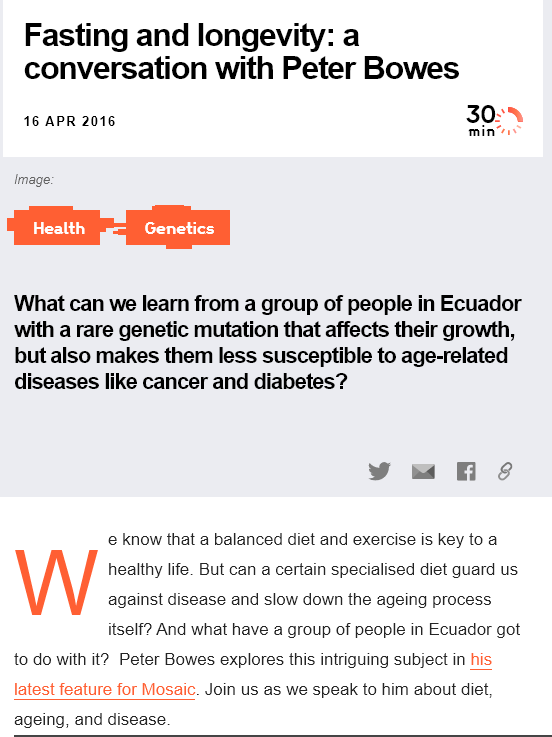
Fasting    and    longevity:    a
   conversation    with    Peter    Bowes
   16 APR 2016
  What can   we  learn from  a group of  people  in Ecuador
  with a rare genetic  mutation that affects  their growth,
  but also  makes  them   less susceptible  to age-related
  diseases like  cancer  and  diabetes?
     e know that a balanced diet and exercise is key to a
     healthy life. But can a certain specialised diet guard us
     against disease and slow down the ageing process
     itself? And what have a group of people in Ecuador got
  to do with it? Peter Bowes explores this intriguing subject in his
  latest feature for Mosaic. Join us as we speak to him about diet,
  ageing, and disease